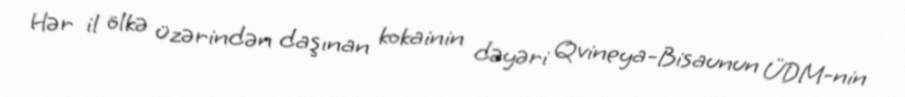
Hər il ölkə üzərindən daşınan kokainin dəyəri Qvineya-Bisaunun ÜDM-nin